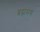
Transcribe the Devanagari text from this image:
ब्रह्ममण